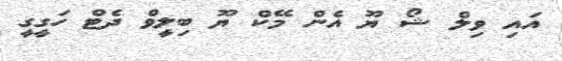
އައި ވިލް ޝޯ ޔޫ އެން މޭކް ޔޫ ބިލީވް ދެޓް ހަގީގީ